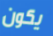
يكون